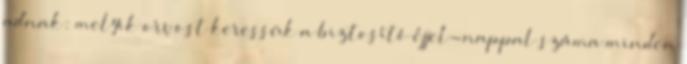
adnak: melyik orvost keressük a biztosító éjjel-nappal száma minden